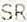
SR